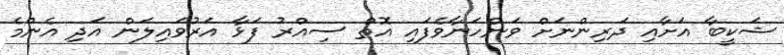
ޝަކީބާ އަށާއި ދަރިންނަށް ވަންހަނާވެފައި އޮތް ސިއްރު ފަޅާ އަރުވައިލަން އަދި އެންމެ